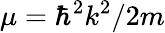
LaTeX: \mu=\hbar^{2}k^{2}/2m